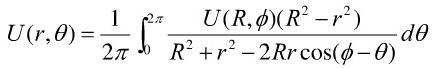
\[
U(r,\theta)=\frac{1}{2\pi}\int_{0}^{2\pi}\frac{U(R,\phi)(R^{2}-r^{2})}{R^{2}+r^{2}-2Rr\cos(\phi - \theta)}d\theta
\]